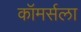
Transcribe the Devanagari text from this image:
कॉमर्सला